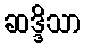
ဆဒ္ဒိသာ